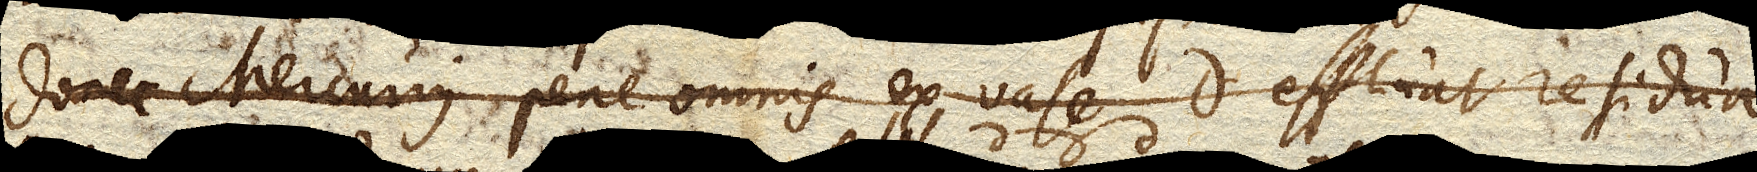
donec Mercurius pene omnis ex vase D effluat residua